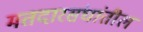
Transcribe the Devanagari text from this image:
मतदारसंघांतील